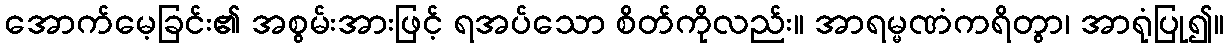
အောက်မေ့ခြင်း၏ အစွမ်းအားဖြင့် ရအပ်သော စိတ်ကိုလည်း။ အာရမ္မဏံကရိတွာ၊ အာရုံပြု၍။